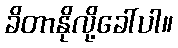
ခိတာနိုလို့ခေါ်ပါ။